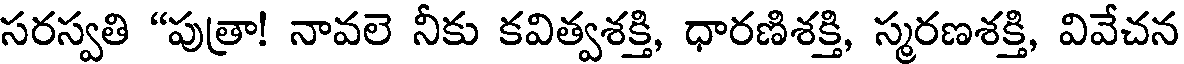
సరస్వతి "పుత్రా! నావలె నీకు కవిత్వశక్తి, ధారణిశక్తి, స్మరణశక్తి, వివేచన